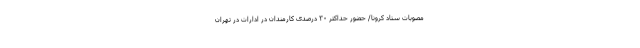
مصوبات ستاد کرونا/ حضور حداکثر ۳۰ درصدی کارمندان در ادارات در تهران